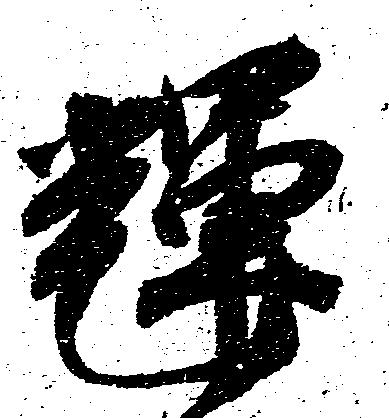
輝